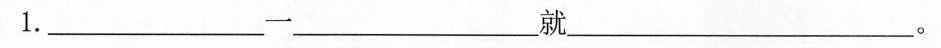
1.___一___就___。